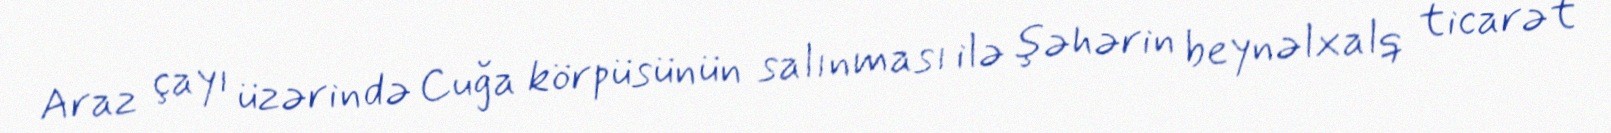
Araz çayı üzərində Cuğa körpüsünün salınması ilə şəhərin beynəlxalq ticarət